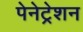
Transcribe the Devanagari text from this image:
पेनेट्रेशन